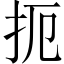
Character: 扼